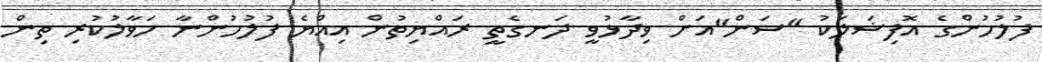
ފުލުހުންގެ އޮފިޝަލަކު "ސަން"އަށް ވިދާޅުވީ ދަނގެތީ ރައްޔިތުން އިއްޔެ ފުލުހުންނާ ހަވާލުކުރި ތިން